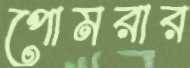
পোমরার